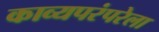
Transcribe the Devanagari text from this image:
काव्यपरंपरेला